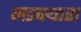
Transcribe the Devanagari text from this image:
मडक्यास